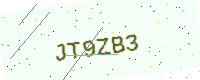
Text: JT9ZB3